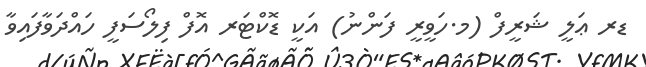
ޑރ ޢަލީ ޝަރީފް (މ.ހަވީރީ ފަންނު) އަކީ ޑޮކްޓަރ އޮފް ފިލޯސަފީ ހައްދަވާފައިވާ